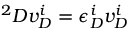
{ } ^ { 2 } D v _ { D } ^ { i } = \epsilon _ { D } ^ { i } v _ { D } ^ { i }